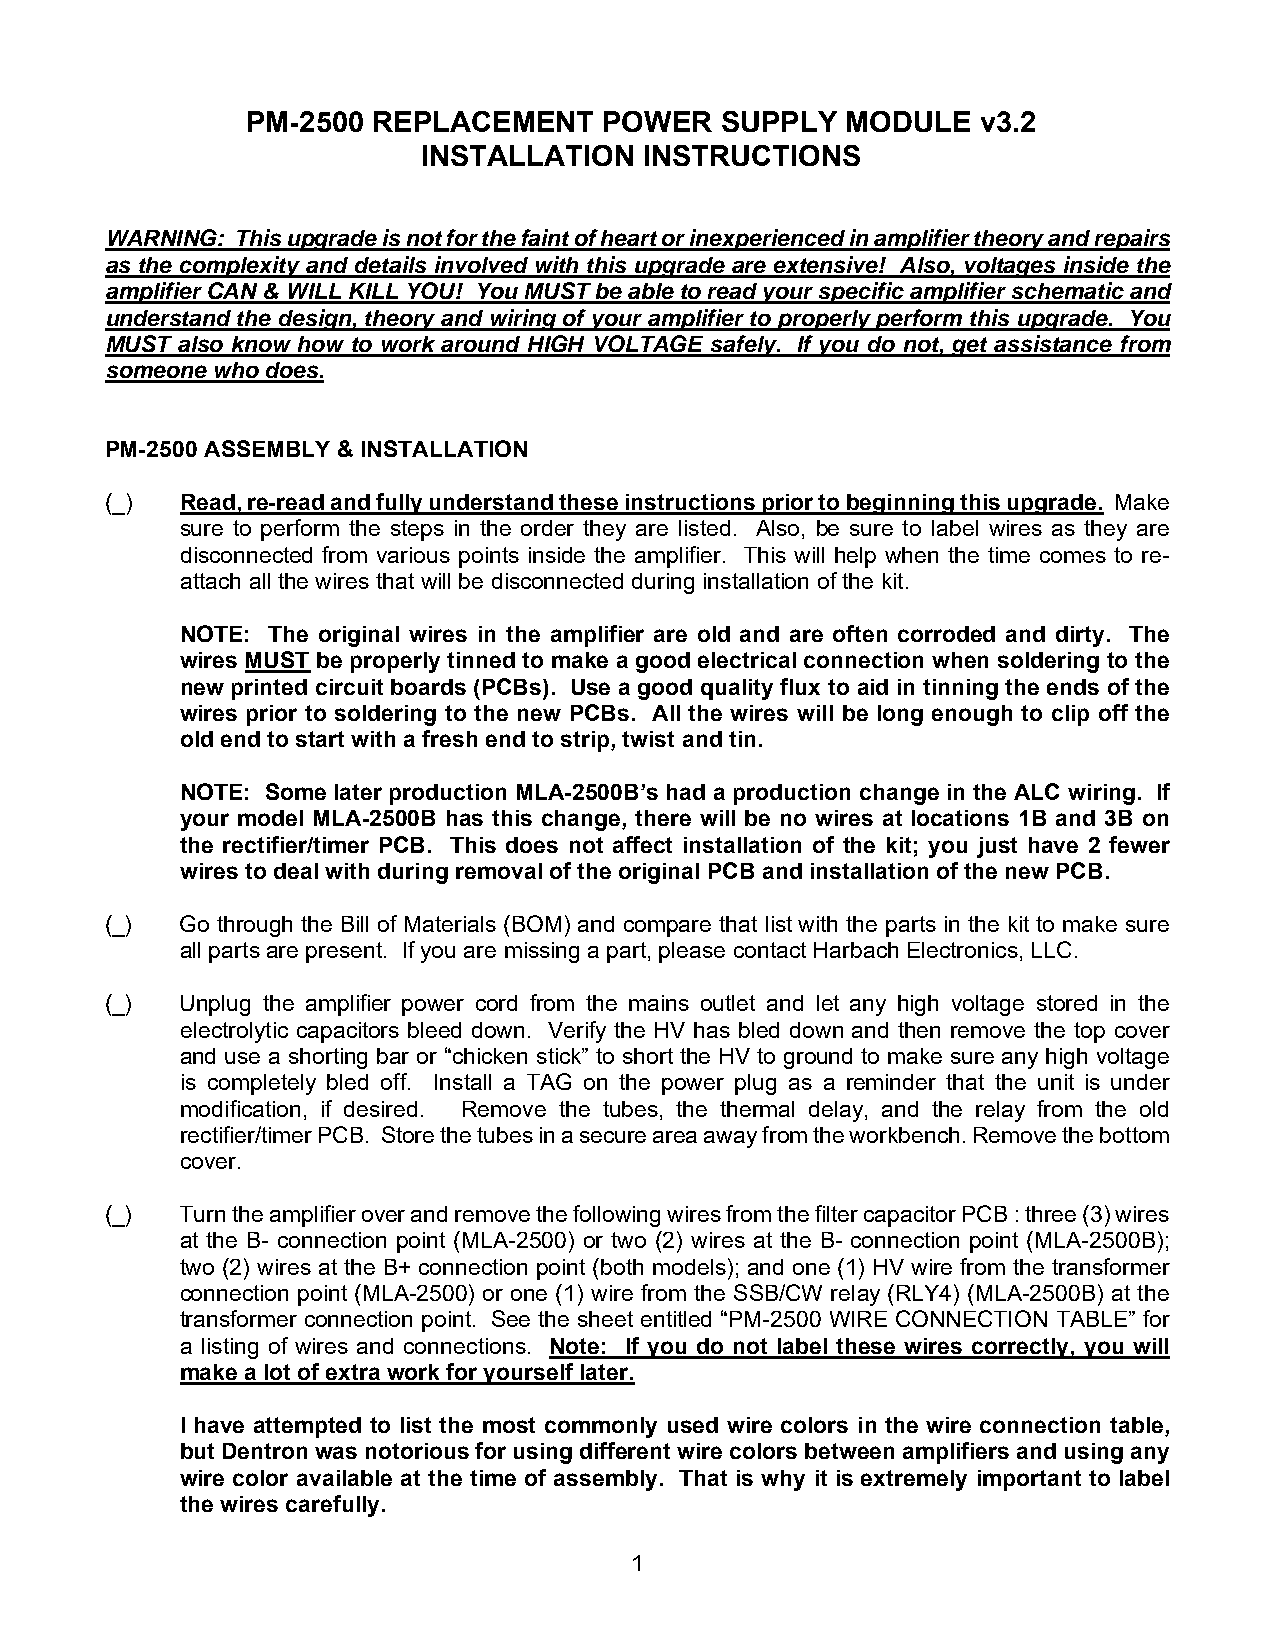
PM-2500  REPLACEMENT    POWER   SUPPLY  MODULE   v3.2
 INSTALLATION   INSTRUCTIONS
 WARNING: This upgrade is not for the faint of heart or inexperienced in amplifier theory and repairs
 as the complexity and details involved with this upgrade are extensive! Also, voltages inside the
 amplifier CAN & WILL KILL YOU! You MUST be able to read your specific amplifier schematic and
 understand the design, theory and wiring of your amplifier to properly perform this upgrade. You
 MUST also know how to work around HIGH VOLTAGE safely. If you do not, get assistance from
 someone who does.
 PM-2500 ASSEMBLY & INSTALLATION
 (_)  Read, re-read and fully understand these instructions prior to beginning this upgrade. Make
 sure to perform the steps in the order they are listed. Also, be sure to label wires as they are
 disconnected from various points inside the amplifier. This will help when the time comes to re-
 attach all the wires that will be disconnected during installation of the kit.
 NOTE: The original wires in the amplifier are old and are often corroded and dirty. The
 wires MUST be properly tinned to make a good electrical connection when soldering to the
 new printed circuit boards (PCBs). Use a good quality flux to aid in tinning the ends of the
 wires prior to soldering to the new PCBs. All the wires will be long enough to clip off the
 old end to start with a fresh end to strip, twist and tin.
 NOTE: Some later production MLA-2500B’s had a production change in the ALC wiring. If
 your model MLA-2500B has this change, there will be no wires at locations 1B and 3B on
 the rectifier/timer PCB. This does not affect installation of the kit; you just have 2 fewer
 wires to deal with during removal of the original PCB and installation of the new PCB.
 (_)  Go through the Bill of Materials (BOM) and compare that list with the parts in the kit to make sure
 all parts are present. If you are missing a part, please contact Harbach Electronics, LLC.
 (_)  Unplug the amplifier power cord from the mains outlet and let any high voltage stored in the
 electrolytic capacitors bleed down. Verify the HV has bled down and then remove the top cover
 and use a shorting bar or “chicken stick” to short the HV to ground to make sure any high voltage
 is completely bled off. Install a TAG on the power plug as a reminder that the unit is under
 modification, if desired. Remove the tubes, the thermal delay, and the relay from the old
 rectifier/timer PCB. Store the tubes in a secure area away from the workbench. Remove the bottom
 cover.
 (_)  Turn the amplifier over and remove the following wires from the filter capacitor PCB : three (3) wires
 at the B- connection point (MLA-2500) or two (2) wires at the B- connection point (MLA-2500B);
 two (2) wires at the B+ connection point (both models); and one (1) HV wire from the transformer
 connection point (MLA-2500) or one (1) wire from the SSB/CW relay (RLY4) (MLA-2500B) at the
 transformer connection point. See the sheet entitled “PM-2500 WIRE CONNECTION TABLE” for
 a listing of wires and connections. Note: If you do not label these wires correctly, you will
 make a lot of extra work for yourself later.
 I have attempted to list the most commonly used wire colors in the wire connection table,
 but Dentron was notorious for using different wire colors between amplifiers and using any
 wire color available at the time of assembly. That is why it is extremely important to label
 the wires carefully.
 1